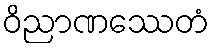
ဝိညာဏဿေတံ